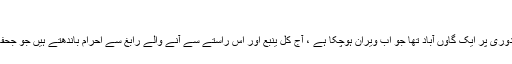
جحفہ :
ساحل سمندر پر مکہ مکرمہ سے تقریبا دو سوکیلو میڑ کی دوری پر ایک گاوں آباد تھا جو اب ویران ہوچکا ہے ، آج کل ینبع اور اس راستے سے آنے والے رابغ سے احرام باندھتے ہیں جو جحفہ سے غرب شمال کی جانب تقریبا بیس کیلو میڑ پہلے ہے ۔